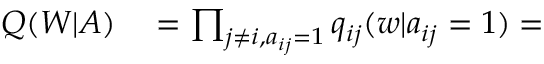
\begin{array} { r l } { Q ( W | A ) } & { { } = \prod _ { j \neq i , a _ { i j } = 1 } q _ { i j } ( w | a _ { i j } = 1 ) = } \end{array}